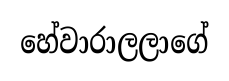
හේවාරාලලාගේ